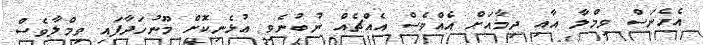
އެހެނަސް ވިމްލާ އާއި ދިމާއަށް އެއްވެސް އެއްޗެއް ނުބުނެވި އުޅެނިކޮށް މޫނުހަދާފައި ވިމްލާވެސް